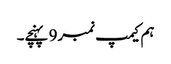
ہم کیمپ نمبر9 پہنچے۔